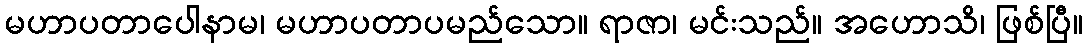
မဟာပတာပေါနာမ၊ မဟာပတာပမည်သော။ ရာဇာ၊ မင်းသည်။ အဟောသိ၊ ဖြစ်ပြီ။